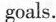
goals.